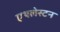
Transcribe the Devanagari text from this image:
एथलेस्टन